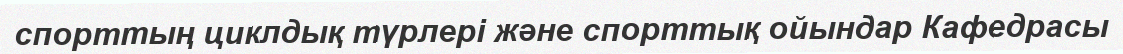
спорттың циклдық түрлері және спорттық ойындар Кафедрасы